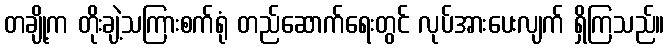
တချို့က တိုးချဲ့သကြားစက်ရုံ တည်ဆောက်ရေးတွင် လုပ်အားပေးလျက် ရှိကြသည်။